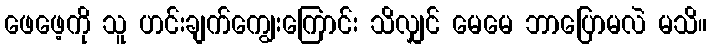
ဖေဖေ့ကို သူ ဟင်းချက်ကျွေးကြောင်း သိလျှင် မေမေ ဘာပြောမလဲ မသိ။